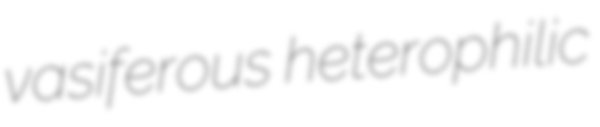
vasiferous heterophilic